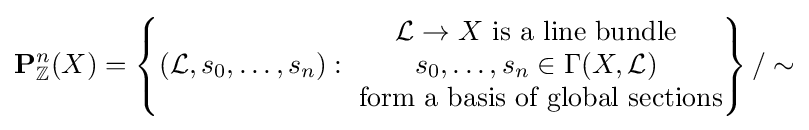
\mathbf {P} _{\mathbb {Z} }^{n}(X)=\left\{({\mathcal {L}},s_{0},\ldots ,s_{n}):{\begin{matrix}{\mathcal {L}}\to X{\text{ is a line bundle}}\\s_{0},\ldots ,s_{n}\in \Gamma (X,{\mathcal {L}})\\{\text{ form a basis of global sections}}\end{matrix}}\right\}/\sim